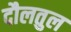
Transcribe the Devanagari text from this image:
दौलतुल